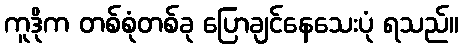
ကူဒိုက တစ်စုံတစ်ခု ပြောချင်နေသေးပုံ ရသည်။